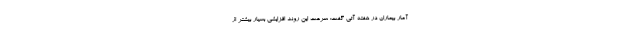
آمار بیماران در هفته آتی گفت: سرعت این روند افزایشی بسیار بیشتر از